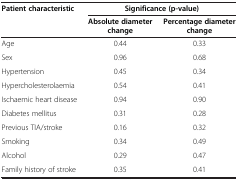
| <ROWSPAN=2> Patient characteristic | <COLSPAN=2> Significance (p-value) |
 | Absolute diameter change | Percentage diameter change |
 | --- | --- | --- |
 | Age | 0.44 | 0.33 |
 | Sex | 0.96 | 0.68 |
 | Hypertension | 0.45 | 0.34 |
 | Hypercholesterolaemia | 0.54 | 0.41 |
 | Ischaemic heart disease | 0.94 | 0.90 |
 | Diabetes mellitus | 0.31 | 0.28 |
 | Previous TIA/stroke | 0.16 | 0.32 |
 | Smoking | 0.34 | 0.49 |
 | Alcohol | 0.29 | 0.47 |
 | Family history of stroke | 0.35 | 0.41 |